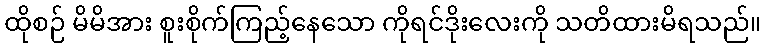
ထိုစဉ် မိမိအား စူးစိုက်ကြည့်နေသော ကိုရင်ဒိုးလေးကို သတိထားမိရသည်။